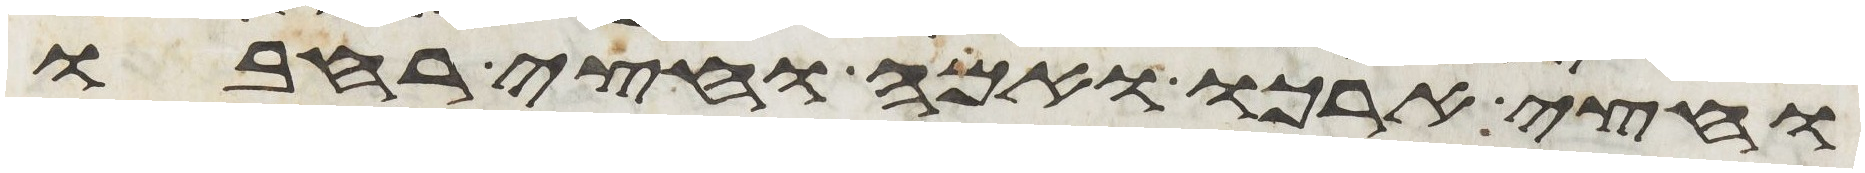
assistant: וחצי ארכו ואמה וחצי רחבו